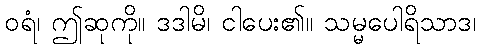
ဝရံ၊ ဤဆုကို။ ဒဒါမိ၊ ငါပေး၏။ သမ္မပေါရိသာဒ၊